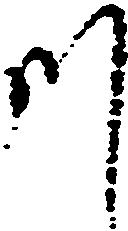
川